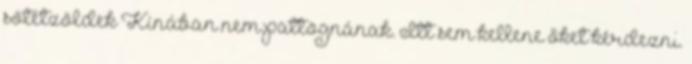
sötétzöldek Kínában nem pattognának. Itt sem kellene őket kérdezni.